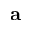
{ \bf a }